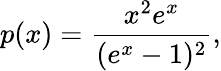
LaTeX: p(x)=\frac{x^{2}e^{x}}{(e^{x}-1)^{2}},